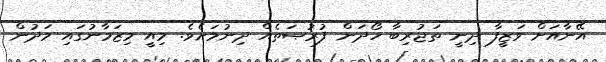
އޭނާއަށް ވަޒީފާ ދިނީ ތަޖުރިބާ ހޯދަން ފުރުޞަތެއް ދިނުމަށެވެ. މިއީ މިޒަމާނުގައި މަދުން